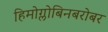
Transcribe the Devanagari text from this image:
हिमोग्लोबिनबरोबर